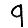
Digit: 9